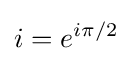
i=e^{i\pi /2}